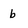
Character: b